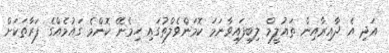
އަދި އެ ދާއިރާއިން ތައުލީމް ލިބިފައިވާނަމަ ކޮމަންވެލްތުގައި ހިމެނޭ ކޮންމެ ގައުމެއްގެ ފަރާތަކަށް